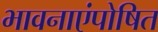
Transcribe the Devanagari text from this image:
भावनाएंपोषित